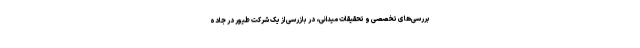
بررسی‌های تخصصی و تحقیقات میدانی، در بازرسی از یک شرکت طیور در جاده